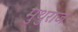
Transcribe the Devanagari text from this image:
मुथुराज